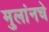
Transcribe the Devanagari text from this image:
मुलांनचे